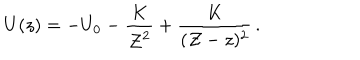
LaTeX: U ( z ) = - U _ { 0 } - { \frac { K } { { \cal Z } ^ { 2 } } } + { \frac { K } { ( { \cal Z } - z ) ^ { 2 } } } \, .